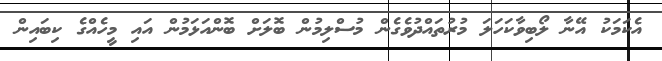
އެކަމަކު އޭނާ ލޯބިވާކަހަލަ މުރުތައްދުވެގެން މުސްލިމުން ބޮލަށް ބޮންއަޅަމުން އައި މީހެއްގެ ކިބައިން